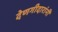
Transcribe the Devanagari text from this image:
देणगीदारांनी